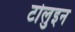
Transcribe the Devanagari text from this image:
टोलुइन